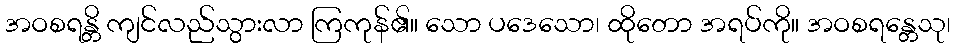
အဝစရန္တိ ကျင်လည်သွားလာ ကြကုန်၏။ သော ပဒေသော၊ ထိုတော အရပ်ကို။ အဝစရန္တေသု၊